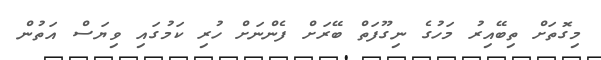
މިގޮތަށް ތިބޭއިރު މަހުގެ ނިގޫފަތް ބޭރަށް ފެންނަށް ހުރި ކަމުގައި ވިޔަސް އަތުން